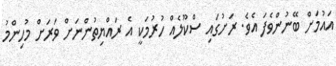
އައުމަށް ބޭނުންވެފަ އެވެ. ރަށުގައި ސްކޫލެއް ހުރުމަކީ އެ ރައްޔިތުންނަށް ވަރަށް މުހިންމު